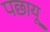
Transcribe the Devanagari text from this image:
पछायू